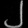
Digit: ၂